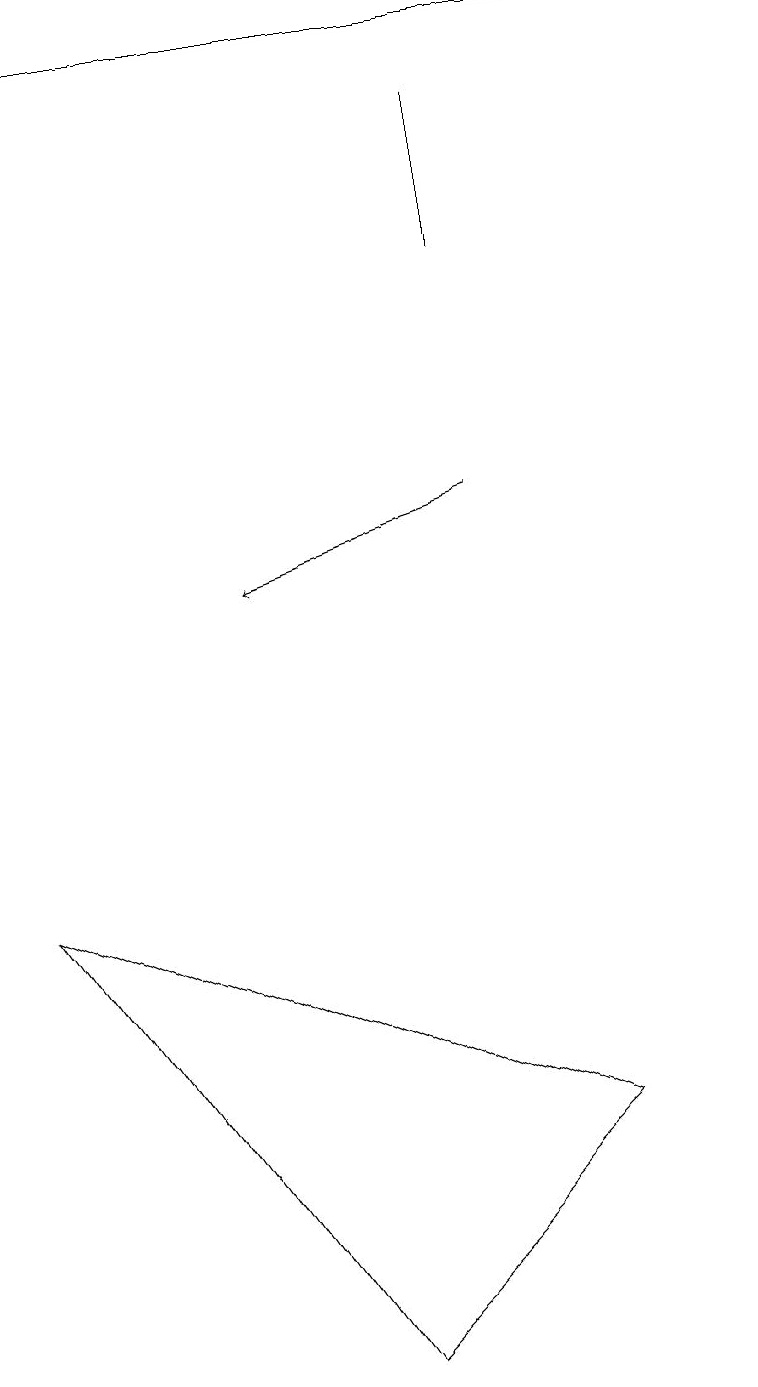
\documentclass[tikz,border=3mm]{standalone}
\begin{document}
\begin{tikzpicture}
\draw (6,18) rectangle (6,16);
\draw[->] (0,19) -- (9,19);
\draw (0,8) -- (7,5) -- (4,2) -- cycle;
\draw[->] (6,13) -- (3,12);
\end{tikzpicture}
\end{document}